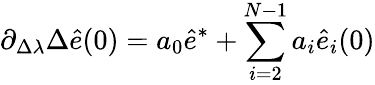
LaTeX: \partial_{\Delta\lambda}\Delta\hat{e}(0)=a_{0}\hat{e}^{*}+\sum_{i=2}^{N-1}a_{i}\hat{e}_{i}(0)